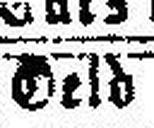
Geld